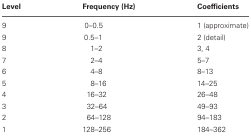
<table><thead><tr><td><b>Level</b></td><td><b>Frequency (Hz)</b></td><td><b>Coefficients</b></td></tr></thead><tbody><tr><td>9</td><td>0–0.5</td><td>1 (approximate)</td></tr><tr><td>9</td><td>0.5–1</td><td>2 (detail)</td></tr><tr><td>8</td><td>1–2</td><td>3, 4</td></tr><tr><td>7</td><td>2–4</td><td>5–7</td></tr><tr><td>6</td><td>4–8</td><td>8–13</td></tr><tr><td>5</td><td>8–16</td><td>14–25</td></tr><tr><td>4</td><td>16–32</td><td>26–48</td></tr><tr><td>3</td><td>32–64</td><td>49–93</td></tr><tr><td>2</td><td>64–128</td><td>94–183</td></tr><tr><td>1</td><td>128–256</td><td>184–362</td></tr></tbody></table>